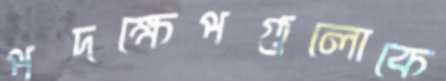
পদক্ষেপগুলোকে